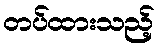
တပ်ထားသည့်